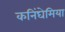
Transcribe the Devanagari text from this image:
कनिंघेमिया